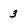
Character: 3